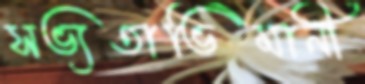
সভ্যতাভিমানী